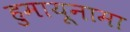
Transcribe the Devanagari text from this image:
हुमायूनामा